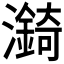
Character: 𪷼